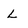
Character: L